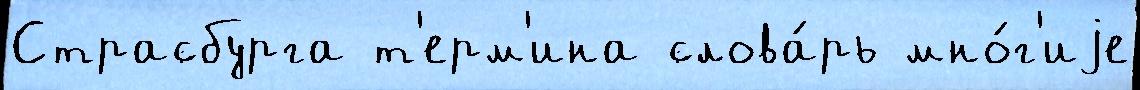
Страсбурга т'ерм'ина слова́рь мно́г'иjе